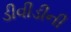
ડીવીડીની